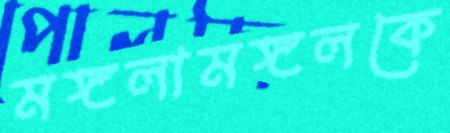
মঙ্গলামঙ্গলকে